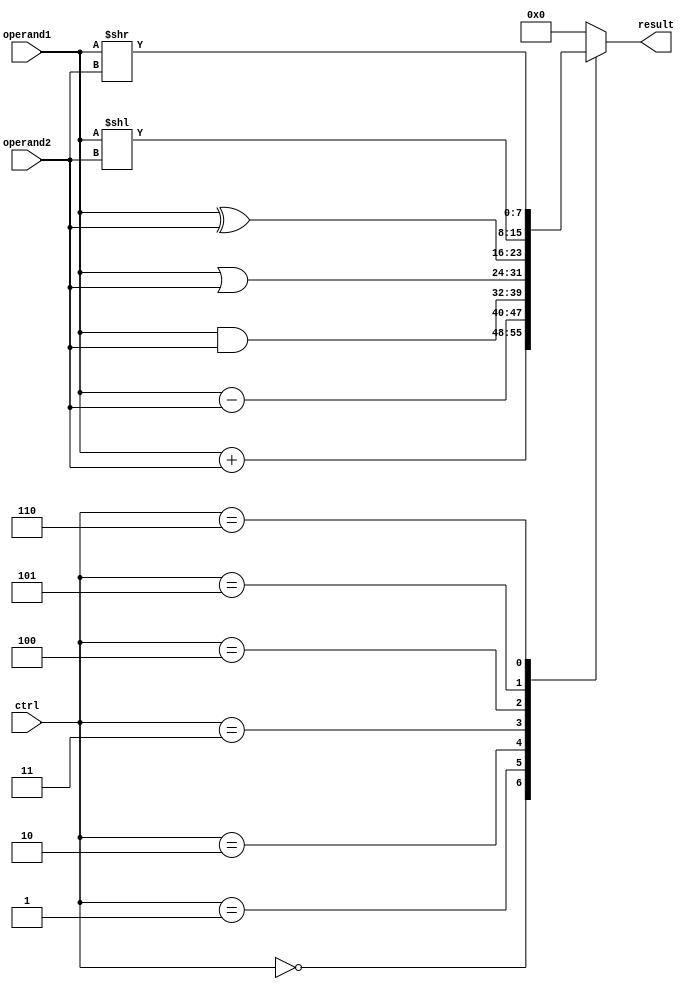
module ALU (
    input [7:0] operand1,
    input [7:0] operand2,
    input [2:0] ctrl,
    output reg [7:0] result
);

always @(*)
begin
    case(ctrl)
        3'b000: result = operand1 + operand2; // addition
        3'b001: result = operand1 - operand2; // subtraction
        3'b010: result = operand1 & operand2; // bitwise AND
        3'b011: result = operand1 | operand2; // bitwise OR
        3'b100: result = operand1 ^ operand2; // bitwise XOR
        3'b101: result = operand1 << operand2; // shift left
        3'b110: result = operand1 >> operand2; // shift right
        default: result = 8'b0;
    endcase
end

endmodule